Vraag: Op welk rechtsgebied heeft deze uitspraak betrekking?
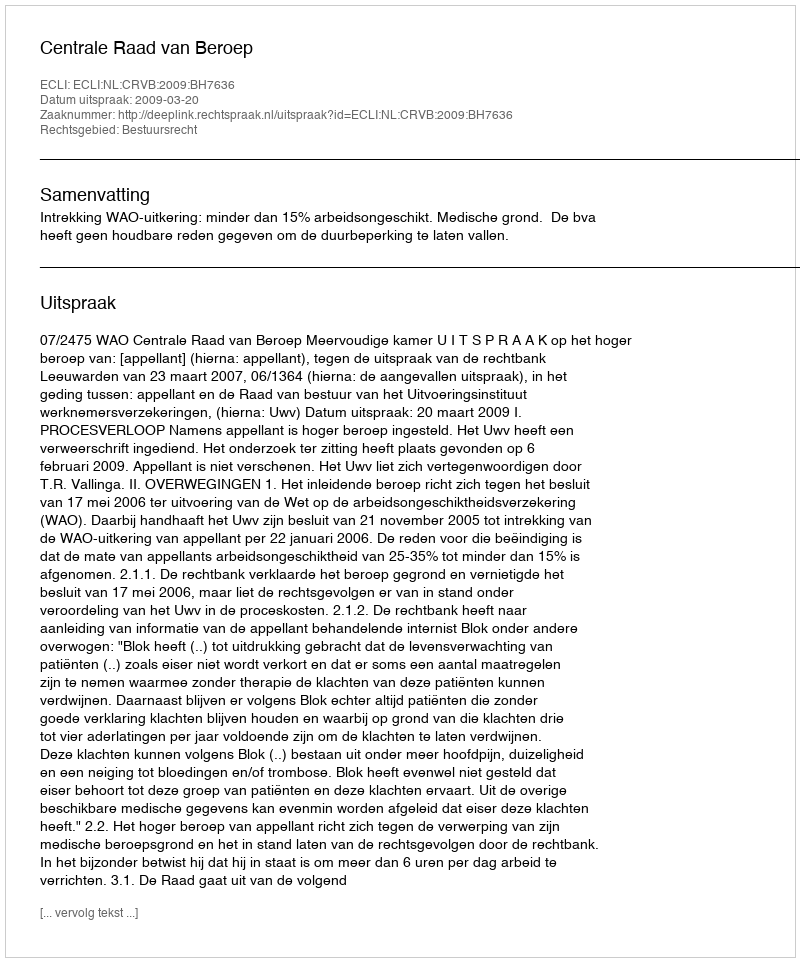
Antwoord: Bestuursrecht